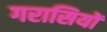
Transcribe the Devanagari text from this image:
गरासियों